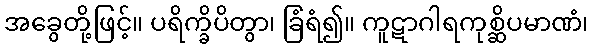
အခွေတို့ဖြင့်။ ပရိက္ခိပိတွာ၊ ခြံရံ၍။ ကူဋာဂါရကုစ္ဆိပမာဏံ၊